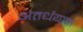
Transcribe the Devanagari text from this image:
अंतर्धयान